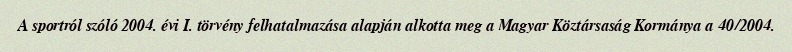
A sportról szóló 2004. évi I. törvény felhatalmazása alapján alkotta meg a Magyar Köztársaság Kormánya a 40/2004.